65_HS1-834228961_62-HQ-83894_Section_10
Agency: FBI
Page 153
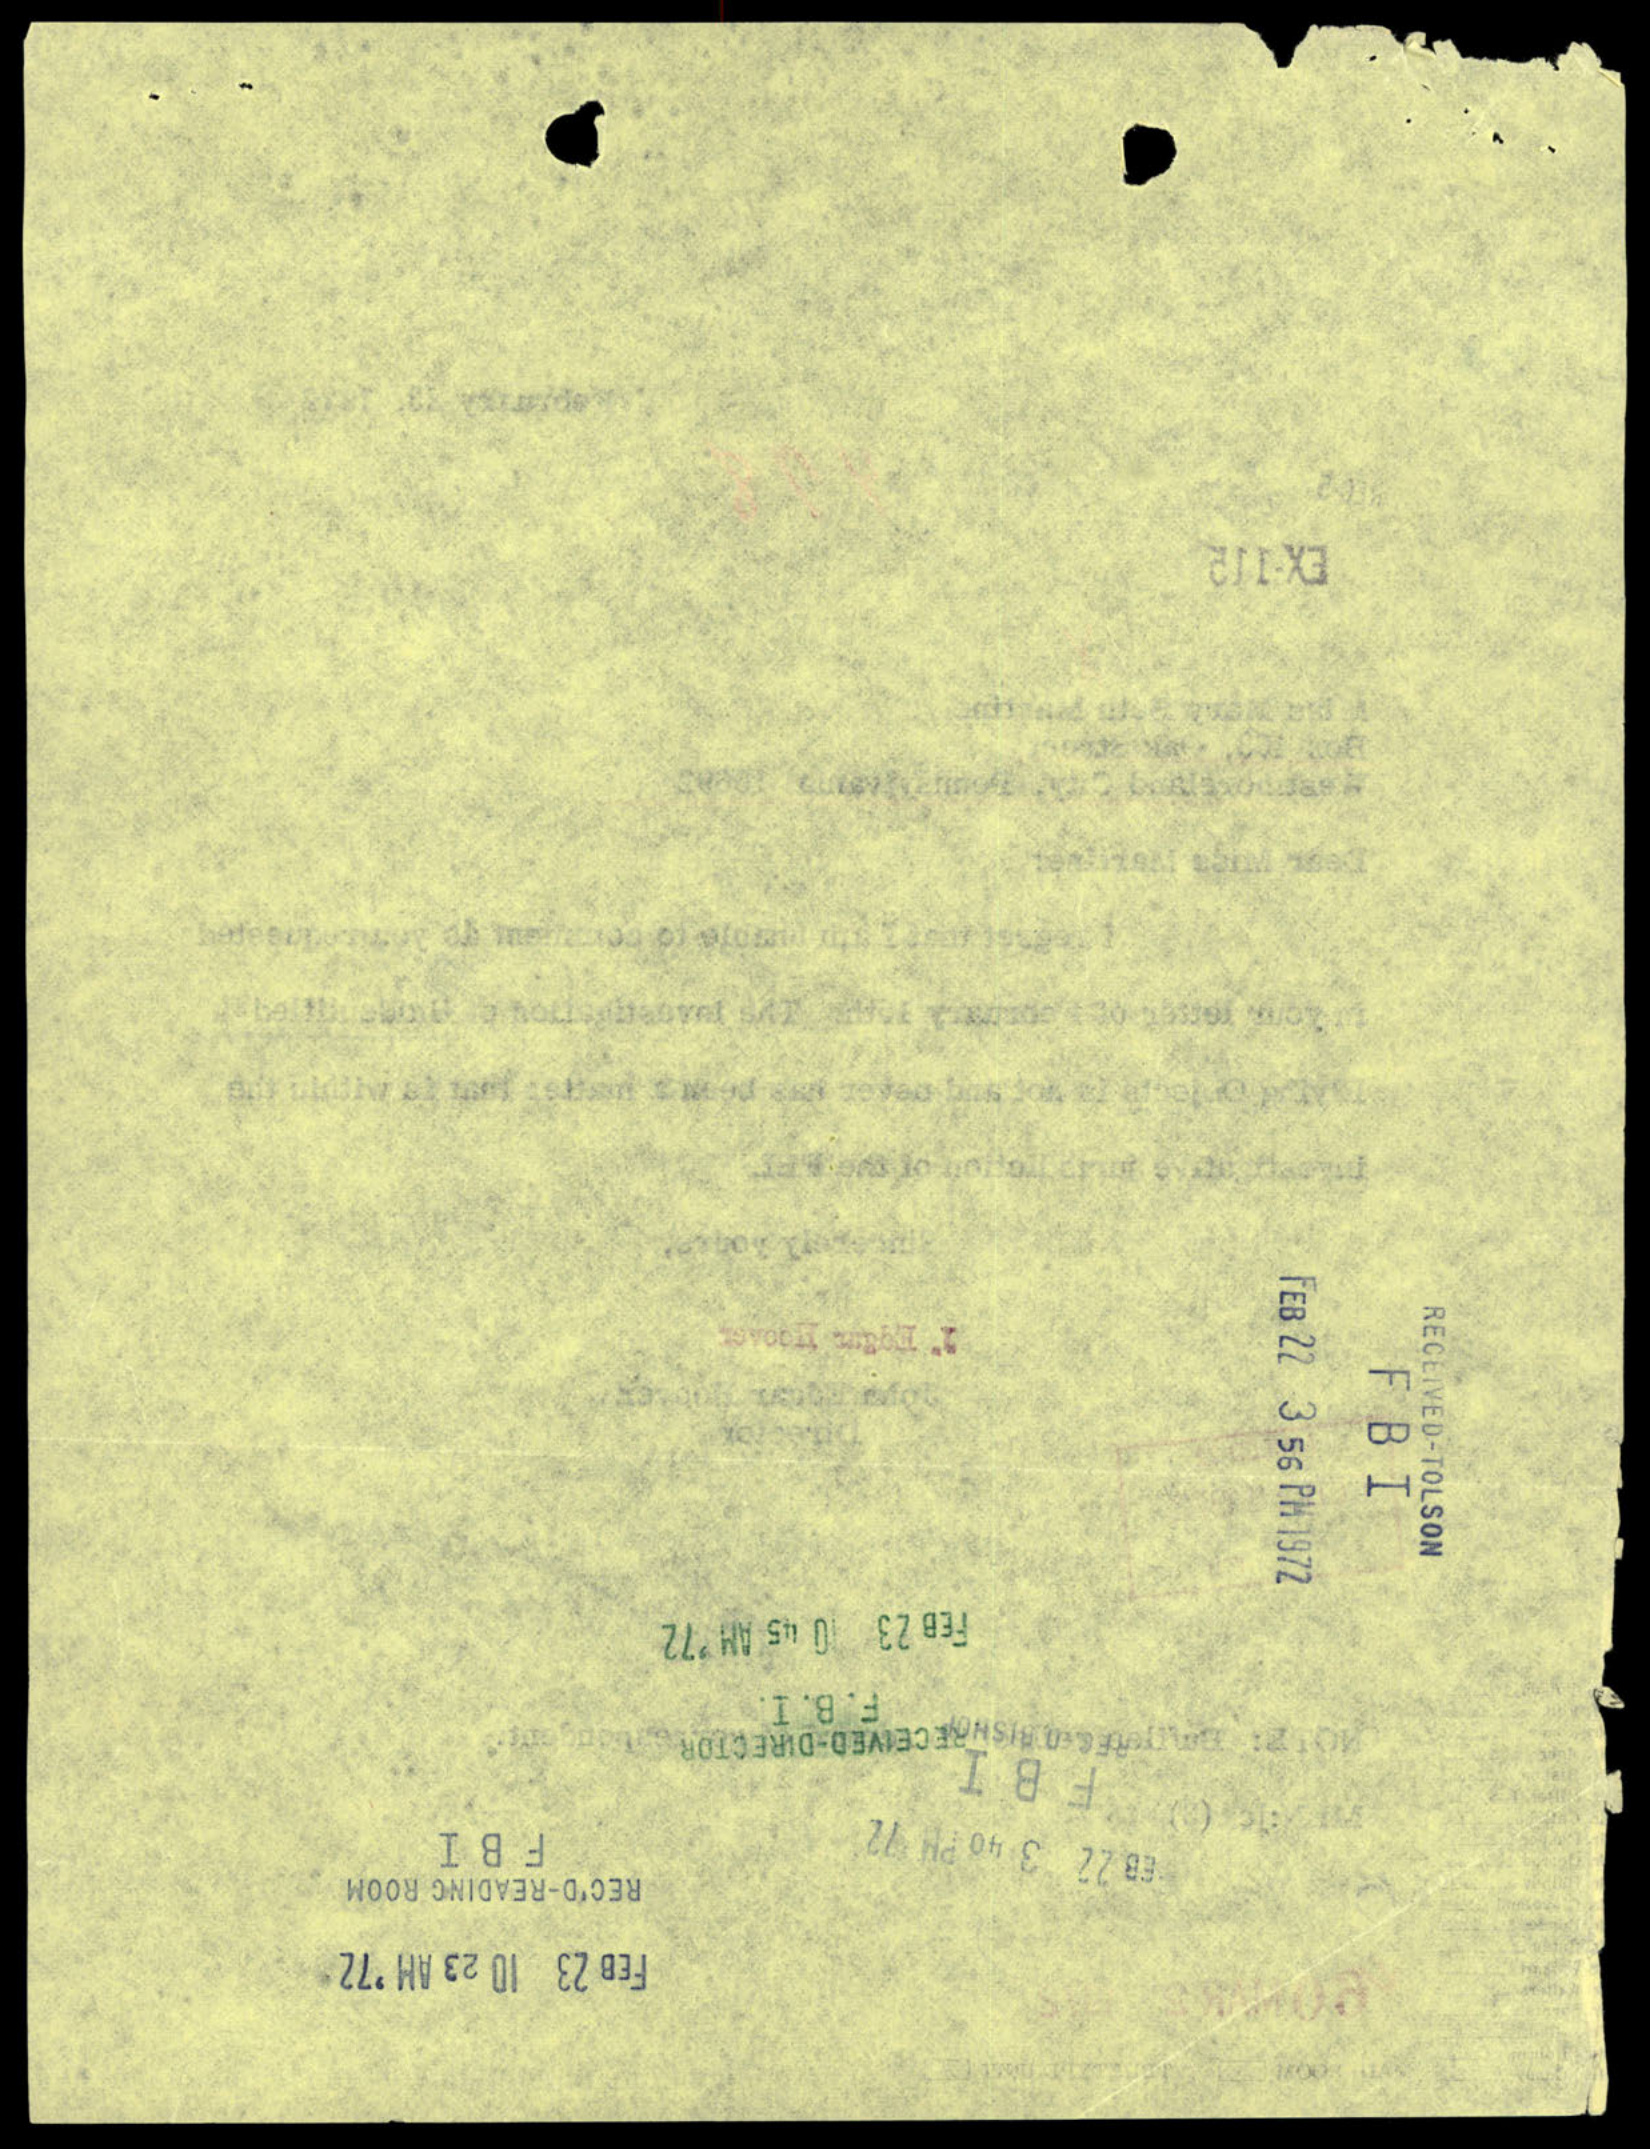